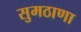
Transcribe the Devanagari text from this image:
सुमठाणा